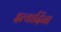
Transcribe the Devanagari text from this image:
इत्यादिंना